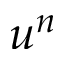
u ^ { n }